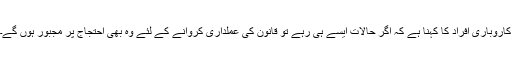
کاروباری افراد کا کہنا ہے کہ اگر حالات ایسے ہی رہے تو قانون کی عملداری کروانے کے لئے وہ بھی احتجاج پر مجبور ہوں گے۔